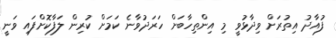
ފުއާދު އިތުރަށް ވިދާޅުވީ މި އިންތިހާބަށް ހަރަދުވާނެ ކަމަށް ކުރިން ލަފާކޮށްފައި ވަނީ